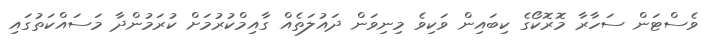
ވެސްޓަން ސަހާރާ މޮރޮކޯގެ ކިބައިން ވަކިވެ މިނިވަން ދައުލަތެއް ގާއިމްކުރުމަށް ކުރަމުންދާ މަސައްކަތުގައި